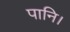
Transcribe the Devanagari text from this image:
पानि।